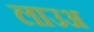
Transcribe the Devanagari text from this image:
लाउअ